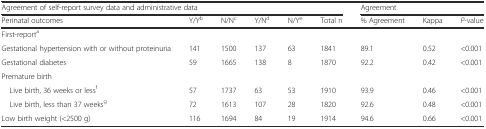
<table><thead><tr><td colspan="6"><b>Agreement of self-report survey data and administrative data</b></td><td colspan="3"><b>Agreement</b></td></tr><tr><td><b>Perinatal outcomes</b></td><td><b>Y/Y<sup>b</sup></b></td><td><b>N/N<sup>c</sup></b></td><td><b>Y/N<sup>d</sup></b></td><td><b>N/Y<sup>e</sup></b></td><td><b>Total n</b></td><td><b>% Agreement</b></td><td><b>Kappa</b></td><td><b><i>P</i>-value</b></td></tr></thead><tbody><tr><td>First-report<sup>a</sup></td><td></td><td></td><td></td><td></td><td></td><td colspan="2"></td><td></td></tr><tr><td>Gestational hypertension with or without proteinuria</td><td>141</td><td>1500</td><td>137</td><td>63</td><td>1841</td><td>89.1</td><td>0.52</td><td>&lt;0.001</td></tr><tr><td>Gestational diabetes</td><td>59</td><td>1665</td><td>138</td><td>8</td><td>1870</td><td>92.2</td><td>0.42</td><td>&lt;0.001</td></tr><tr><td>Premature birth</td><td></td><td></td><td></td><td></td><td></td><td></td><td></td><td></td></tr><tr><td> Live birth, 36 weeks or less<sup>f</sup></td><td>57</td><td>1737</td><td>63</td><td>53</td><td>1910</td><td>93.9</td><td>0.46</td><td>&lt;0.001</td></tr><tr><td> Live birth, less than 37 weeks<sup>g</sup></td><td>72</td><td>1613</td><td>107</td><td>28</td><td>1820</td><td>92.6</td><td>0.48</td><td>&lt;0.001</td></tr><tr><td>Low birth weight (&lt;2500 g)</td><td>116</td><td>1694</td><td>84</td><td>19</td><td>1914</td><td>94.6</td><td>0.66</td><td>&lt;0.001</td></tr></tbody></table>